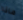
ماذا